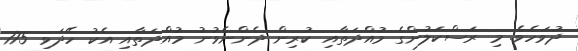
ދުވަހެވެ. މި ރަސްކަލުންގެ މުއްދަތާއި ކުރިން ދެންނެވުނު މުއްދަތާއި އެކު ހޭދަވި 175